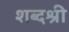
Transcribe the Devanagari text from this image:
शब्दश्री